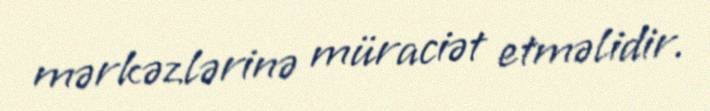
mərkəzlərinə müraciət etməlidir.